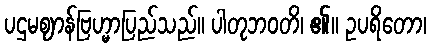
ပဌမဈာန်ဗြဟ္မာပြည်သည်။ ပါတုဘဝတိ၊ ၏။ ဥပရိတော၊